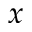
x